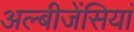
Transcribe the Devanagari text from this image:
अल्बीजेंसियां